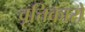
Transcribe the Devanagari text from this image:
वृत्तिकारों